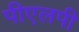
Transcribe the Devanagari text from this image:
पीएलपी